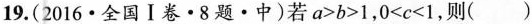
19.(2016·全国Ⅰ卷·8 题·中)若 $$a>b>1$$,$$0<c<1$$,则( )